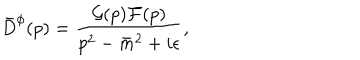
{ \bar { D } } ^ { \phi } ( p ) = \frac { { \cal G } ( p ) { \cal F } ( p ) } { p ^ { 2 } - { \bar { m } } ^ { 2 } + i \epsilon } ,